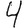
Digit: 4